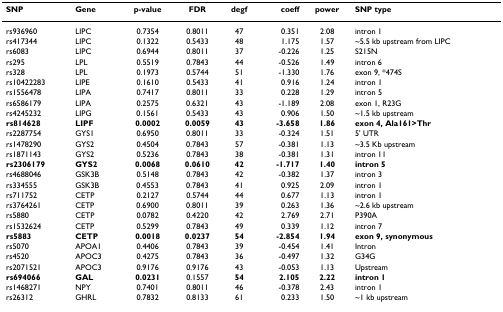
<table><thead><tr><td><b>SNP</b></td><td><b>Gene</b></td><td><b>p-value</b></td><td><b>FDR</b></td><td><b>degf</b></td><td><b>coeff</b></td><td><b>power</b></td><td><b>SNP type</b></td></tr></thead><tbody><tr><td>rs936960</td><td>LIPC</td><td>0.7354</td><td>0.8011</td><td>47</td><td>0.351</td><td>2.08</td><td>intron 1</td></tr><tr><td>rs417344</td><td>LIPC</td><td>0.1322</td><td>0.5433</td><td>48</td><td>1.175</td><td>1.57</td><td>~5.5 kb upstream from LIPC</td></tr><tr><td>rs6083</td><td>LIPC</td><td>0.6944</td><td>0.8011</td><td>37</td><td>-0.226</td><td>1.25</td><td>S215N</td></tr><tr><td>rs295</td><td>LPL</td><td>0.5519</td><td>0.7843</td><td>44</td><td>-0.526</td><td>1.49</td><td>intron 6</td></tr><tr><td>rs328</td><td>LPL</td><td>0.1973</td><td>0.5744</td><td>51</td><td>-1.330</td><td>1.76</td><td>exon 9, *474S</td></tr><tr><td>rs10422283</td><td>LIPE</td><td>0.1610</td><td>0.5433</td><td>41</td><td>0.916</td><td>1.24</td><td>intron 1</td></tr><tr><td>rs1556478</td><td>LIPA</td><td>0.7417</td><td>0.8011</td><td>33</td><td>0.228</td><td>1.29</td><td>intron 5</td></tr><tr><td>rs6586179</td><td>LIPA</td><td>0.2575</td><td>0.6321</td><td>43</td><td>-1.189</td><td>2.08</td><td>exon 1, R23G</td></tr><tr><td>rs4245232</td><td>LIPG</td><td>0.1561</td><td>0.5433</td><td>43</td><td>0.906</td><td>1.50</td><td>~1.5 kb upstream</td></tr><tr><td><b>rs814628</b></td><td><b>LIPF</b></td><td><b>0.0002</b></td><td><b>0.0059</b></td><td><b>43</b></td><td><b>-3.658</b></td><td><b>1.86</b></td><td><b>exon 4, Ala161&gt;Thr</b></td></tr><tr><td>rs2287754</td><td>GYS1</td><td>0.6950</td><td>0.8011</td><td>33</td><td>-0.324</td><td>1.51</td><td>5&#x27; UTR</td></tr><tr><td>rs1478290</td><td>GYS2</td><td>0.4504</td><td>0.7843</td><td>57</td><td>-0.381</td><td>1.13</td><td>~3.5 Kb upstream</td></tr><tr><td>rs1871143</td><td>GYS2</td><td>0.5236</td><td>0.7843</td><td>38</td><td>-0.381</td><td>1.31</td><td>intron 11</td></tr><tr><td><b>rs2306179</b></td><td><b>GYS2</b></td><td><b>0.0068</b></td><td><b>0.0610</b></td><td><b>42</b></td><td><b>-1.717</b></td><td><b>1.40</b></td><td><b>intron 5</b></td></tr><tr><td>rs4688046</td><td>GSK3B</td><td>0.5148</td><td>0.7843</td><td>42</td><td>-0.382</td><td>1.37</td><td>intron 3</td></tr><tr><td>rs334555</td><td>GSK3B</td><td>0.4553</td><td>0.7843</td><td>41</td><td>0.925</td><td>2.09</td><td>intron 1</td></tr><tr><td>rs711752</td><td>CETP</td><td>0.2127</td><td>0.5744</td><td>44</td><td>0.677</td><td>1.13</td><td>intron 1</td></tr><tr><td>rs3764261</td><td>CETP</td><td>0.6900</td><td>0.8011</td><td>39</td><td>0.263</td><td>1.36</td><td>~2.6 kb upstream</td></tr><tr><td>rs5880</td><td>CETP</td><td>0.0782</td><td>0.4220</td><td>42</td><td>2.769</td><td>2.71</td><td>P390A</td></tr><tr><td>rs1532624</td><td>CETP</td><td>0.5299</td><td>0.7843</td><td>49</td><td>0.339</td><td>1.12</td><td>intron 7</td></tr><tr><td><b>rs5883</b></td><td><b>CETP</b></td><td><b>0.0018</b></td><td><b>0.0237</b></td><td><b>54</b></td><td><b>-2.854</b></td><td><b>1.94</b></td><td><b>exon 9, synonymous</b></td></tr><tr><td>rs5070</td><td>APOA1</td><td>0.4406</td><td>0.7843</td><td>39</td><td>-0.454</td><td>1.41</td><td>Intron</td></tr><tr><td>rs4520</td><td>APOC3</td><td>0.4275</td><td>0.7843</td><td>36</td><td>-0.497</td><td>1.32</td><td>G34G</td></tr><tr><td>rs2071521</td><td>APOC3</td><td>0.9176</td><td>0.9176</td><td>43</td><td>-0.053</td><td>1.13</td><td>Upstream</td></tr><tr><td><b>rs694066</b></td><td><b>GAL</b></td><td><b>0.0231</b></td><td>0.1557</td><td><b>54</b></td><td><b>2.105</b></td><td><b>2.22</b></td><td><b>intron 1</b></td></tr><tr><td>rs1468271</td><td>NPY</td><td>0.7401</td><td>0.8011</td><td>46</td><td>-0.378</td><td>2.43</td><td>intron 1</td></tr><tr><td>rs26312</td><td>GHRL</td><td>0.7832</td><td>0.8133</td><td>61</td><td>0.233</td><td>1.50</td><td>~1 kb upstream</td></tr></tbody></table>